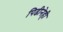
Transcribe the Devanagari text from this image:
पिढीनेही